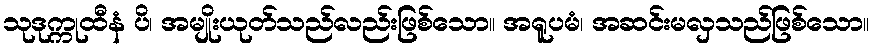
သုဒုက္ကုထီနံ ပိ၊ အမျိုးယုတ်သည်လည်းဖြစ်သော။ အရူပမံ၊ အဆင်းမလှသည်ဖြစ်သော။